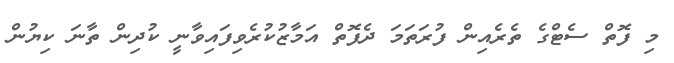
މި ފޮތް ސެޓްގެ ތެރެއިން ފުރަތަމަ ދެފޮތް އަމާޒުކުރެވިފައިވާނީ ކުދިން ތާނަ ކިޔުން